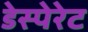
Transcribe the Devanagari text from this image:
डेस्पेरेट